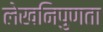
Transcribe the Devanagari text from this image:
लेखनिपुणता